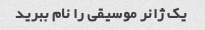
یک ژانر موسیقی را نام ببرید